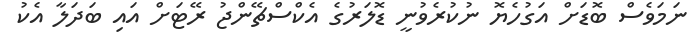
ނަމަވެސް ބޮޑަށް އަގުހެޔޮ ނުކުރެވުނީ ޑޮލަރުގެ އެކްސްޗޭންޖު ރޭޓަށް އައި ބަދަލާ އެކު